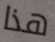
هذا